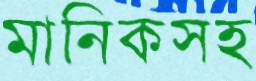
মানিকসহ